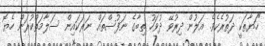
"ހަޔާތަކީ ދަތުރެކެވެ. އަލުން ދިރުވޭ ދުވަހު ތިބާގެ ނަފުސްތައް ނަރަކައިން ސަލާމަތްކުރަން ހެޔޮ